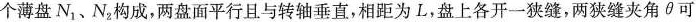
个薄盘N_{1}、N_{2}构成，两盘面平行且与转轴垂直，相距为L，盘上各开一狭缝，两狭缝夹角\theta可